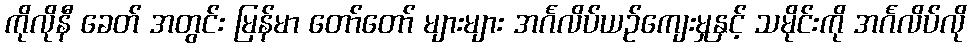
ကိုလိုနီ ခေတ် အတွင်း မြန်မာ တော်တော် များများ အင်္ဂလိပ်ယဉ်ကျေးမှုနှင့် သမိုင်းကို အင်္ဂလိပ်လို